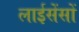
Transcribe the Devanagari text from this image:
लाईसेंसों